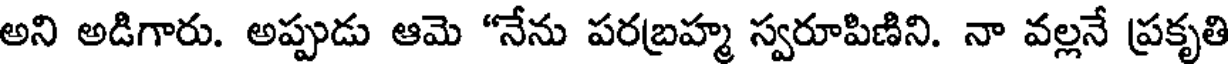
అని అడిగారు. అప్పుడు ఆమె "నేను పరబ్రహ్మ స్వరూపిణిని. నా వల్లనే ప్రకృతి